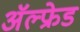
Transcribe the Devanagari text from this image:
अॅल्फ्रेड